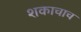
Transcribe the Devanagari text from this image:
शकाचाच